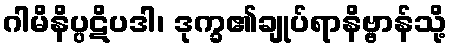
ဂါမိနိပ္ပဋိပဒါ၊ ဒုက္ခ၏ချုပ်ရာနိဗ္ဗာန်သို့